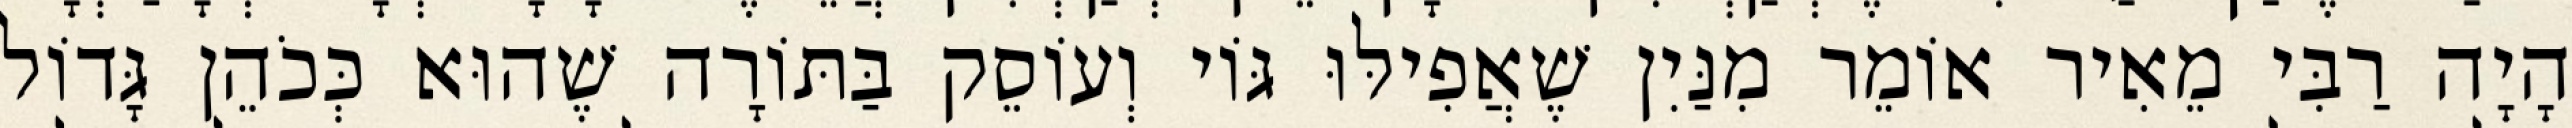
הָיָה רַבִּי מֵאִיר אוֹמֵר מִנַּיִן שֶׁאֲפִילּוּ גּוֹי וְעוֹסֵק בַּתּוֹרָה שֶׁהוּא כְּכֹהֵן גָּדוֹל